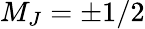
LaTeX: M_{J}=\pm 1/2